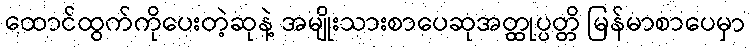
ထောင်ထွက်ကိုပေးတဲ့ဆုနဲ့ အမျိုးသားစာပေဆုအတ္ထုပ္ပတ္တိ မြန်မာစာပေမှာ